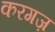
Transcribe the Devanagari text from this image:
करगज़